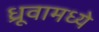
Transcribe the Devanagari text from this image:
ध्रूवामध्ये